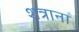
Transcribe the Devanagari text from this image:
शत्राना